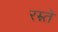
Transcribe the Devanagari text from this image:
रम्न्ते